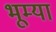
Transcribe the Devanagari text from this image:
भूम्या